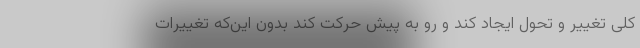
کلی تغییر و تحول ایجاد کند و رو به پیش حرکت کند بدون این‌که تغییرات